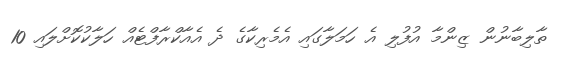
ތާލިބާނުން ޒިންމާ އުފުލި އެ ހަމަލާގައި އެމެރިކާގެ ދެ އެއާކްރާފްޓެއް ހަލާކުކޮށްލައި 10